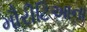
મૌરીટિઆના